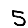
Digit: 5